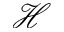
\mathcal { H }